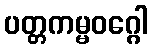
ပတ္တကမ္မဝဂ္ဂေါ